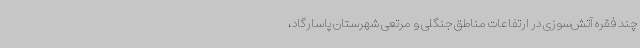
چند فقره آتش‌سوزی در ارتفاعات مناطق جنگلی و مرتعی شهرستان پاسارگاد،